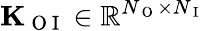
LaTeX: \mathbf{K}_{\mathrm{~O~I~}}\in\mathbb{R}^{N_{\mathrm{~O~}}\times N_{\mathrm{~I~}}}